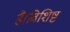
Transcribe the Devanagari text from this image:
है।विशिष्ट